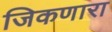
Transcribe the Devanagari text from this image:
जिकणारा